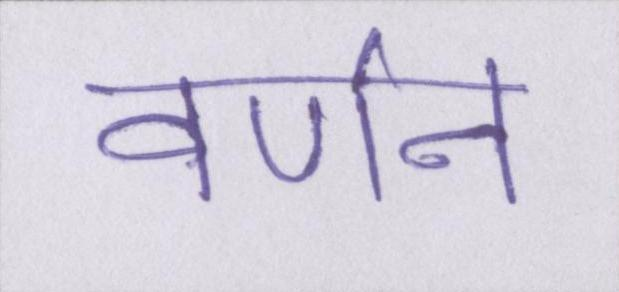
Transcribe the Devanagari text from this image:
वर्णन